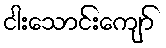
ငါးသောင်းကျော်